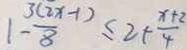
1 - \frac { 3 ( 2 x - 1 ) } { 8 } \leq 2 + \frac { x + 2 } { 4 }